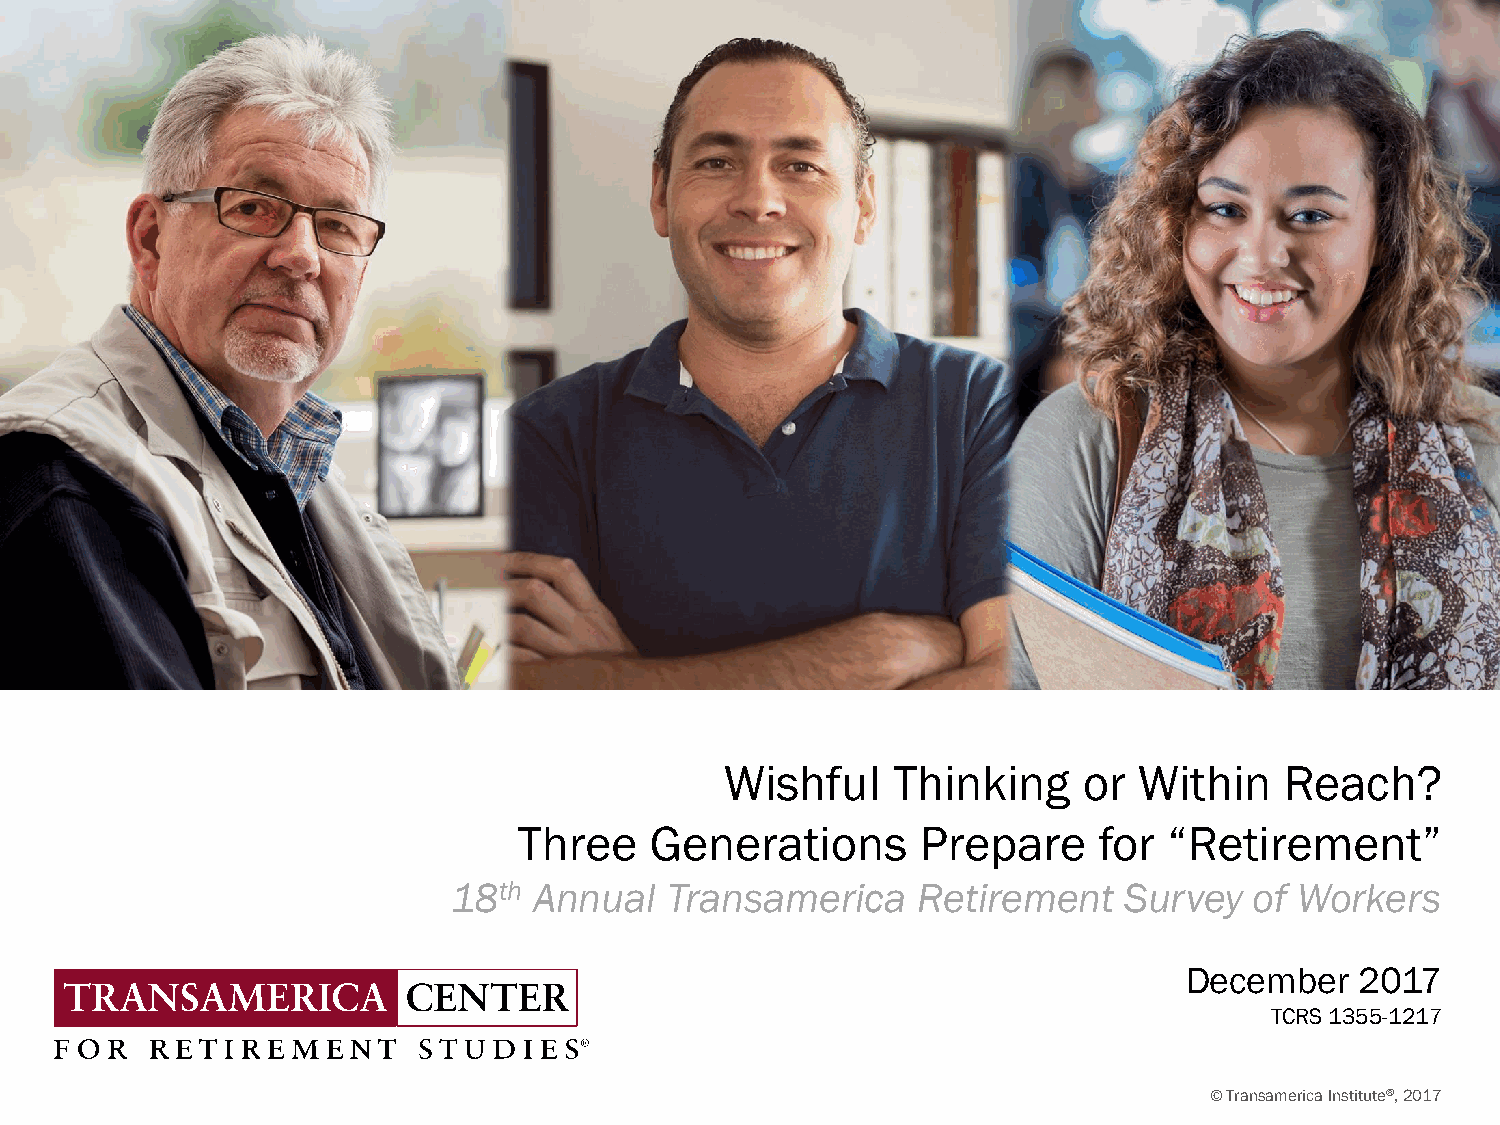
Wishful    Thinking     or Within    Reach?
 Three    Generations       Prepare     for “Retirement”
 18th Annual   Transamerica     Retirement   Survey   of Workers
 December    2017
 TCRS 1355-1217
 © Transamerica InstituteSM, 2016
 © Transamerica Institute®, 2017